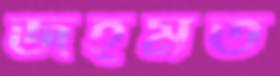
জহমত